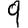
Digit: 9